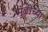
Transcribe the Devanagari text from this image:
मुंडीच्या